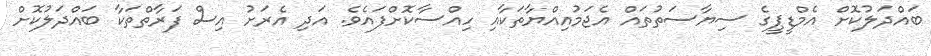
ބައްދަލުކޮށް އެމްޑީޕީގެ ސިޔާސަތުތައް އެޖަމުއިއްޔާތަކާއި ހިއްސާކޮށްފައެވެ. އަދި އެރަށު އިސް ފަރާތްތަކާ ބައްދަލުކޮށް